Note on elephants in Burma, with a description of their equipment
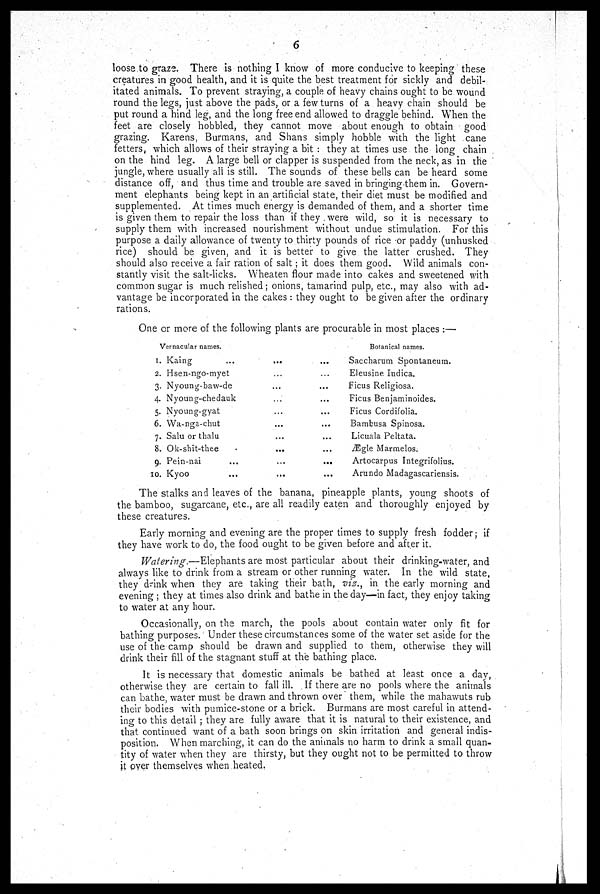
6
loose to graze. There is nothing I know of more conducive to keeping these
creatures in good health, and it is quite the best treatment for sickly and debil-
itated animals. To prevent straying, a couple of heavy chains ought to be wound
round the legs, just above the pads, or a few turns of a heavy chain should be
put round a hind leg, and the long free end allowed to draggle behind. When the
feet are closely hobbled, they cannot move about enough to obtain good
grazing. Karens Burmans, and Shans simply hobble with the light cane
fetters which allows of their straying a bit : they at times use the long chain
on the hind leg. A large bell or clapper is suspended from the neck, as in the
jungle, where usually ali is still. The sounds of these bells can be heard some
distance off, and thus time and trouble are saved in bringing them in. Govern-
ment elephants being kept in an artificial state, their diet must be modified and
supplemented. At times much energy is demanded of them, and a shorter time
is given them to repair the loss than if they were wild, so it is necessary to
supply them with increased nourishment without undue stimulation. For this
purpose a daily allowance of twenty to thirty pounds of rice or paddy (unhusked
rice) should be given, and it is better to give the latter crushed. They
should also receive a fair ration of salt ; it does them good. Wild animals con-
stantly visit the salt-licks. Wheaten flour made into cakes and sweetened with
common sugar is much relished; onions, tamarind pulp, etc., may also with ad-
vantage be incorporated in the cakes : they ought to be given after the ordinary
rations.
One or more of the following plants are procurable in most places :—
Vernacular names.
1. Kaing ...
2. Hsen-ngo-myet
3. Nyoung-baw-de
4. Nyoung-chedauk
5. Nyoung-gyat
6. Wa-nga-chut
7. Salu or thalu
8. Ok-shit-thee
9. Pein-nai ...
10. Kyoo ...
...
...
...
...
...
...
...
...
...
...
...
...
...
...
...
...
...
...
...
...
Botanical names.
Saccharum Spontaneum.
Eleusine Indica.
Ficus Religiosa.
Ficus Benjaminoides.
Ficus Cordifolia.
Bambusa Spinosa.
Licuala Peltata.
Ægle Marmelos.
Artocarpus Integrifolius.
Arundo Madagascariensis.
The stalks and leaves of the banana, pineapple plants, young shoots of
the bamboo, sugarcane, etc., are all readily eaten and thoroughly enjoyed by
these creatures.
Early morning and evening are the proper times to supply fresh fodder; if
they have work to do, the food ought to be given before and after it.
Watering.—Elephants are most particular about their drinking-water, and
always like to drink from a stream or other running water. In the wild state,
they drink when they are taking their bath, viz., in the early morning and
evening ; they at times also drink and bathe in the day—in fact, they enjoy taking
to water at any hour.
Occasionally, on the march, the pools about contain water only fit for
bathing purposes. Under these circumstances some of the water set aside for the
use of the camp should be drawn and supplied to them, otherwise they will
drink their fill of the stagnant stuff at the bathing place.
It is necessary that domestic animals be bathed at least once a day,
otherwise they are certain to fall ill. If there are no pools where the animals
can bathe, water must be drawn and thrown over them, while the mahawuts rub
their bodies with pumice-stone or a brick. Burmans are most careful in attend-
ing to this detail ; they are fully aware that it is natural to their existence, and
that continued want of a bath soon brings on skin irritation and general indis-
position. When marching, it can do the animals no harm to drink a small quan-
tity of water when they are thirsty, but they ought not to be permitted to throw
it over themselves when heated.